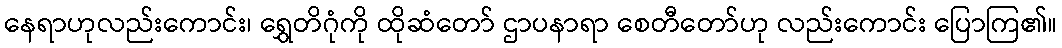
နေရာဟုလည်းကောင်း၊ ရွှေတိဂုံကို ထိုဆံတော် ဌာပနာရာ စေတီတော်ဟု လည်းကောင်း ပြောကြ၏။